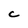
Character: C